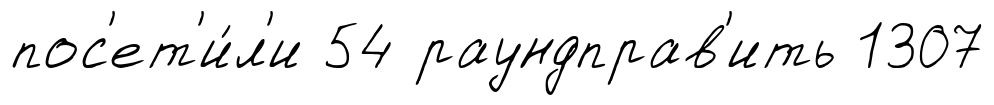
пос'ет'и́л'и 54 раундправ'ить 1307